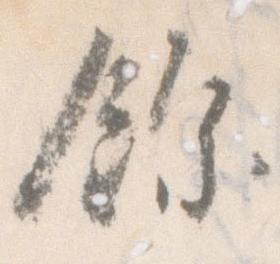
余